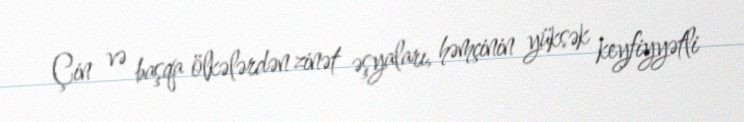
Çin və başqa ölkələrdən zinət əşyaları, həmçinin yüksək keyfiyyətli